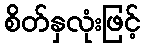
စိတ်နှလုံးဖြင့်